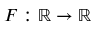
F : \mathbb { R } \to \mathbb { R }